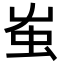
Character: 𧈪